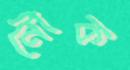
নৌক